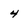
Character: 4